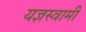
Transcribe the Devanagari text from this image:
यज्ञस्वामी